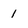
Character: l